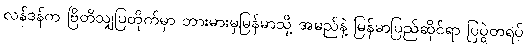
လန်ဒန်က ဗြိတိသျှပြတိုက်မှာ ဘားမားမှမြန်မာသို့ အမည်နဲ့ မြန်မာပြည်ဆိုင်ရာ ပြပွဲတရပ်